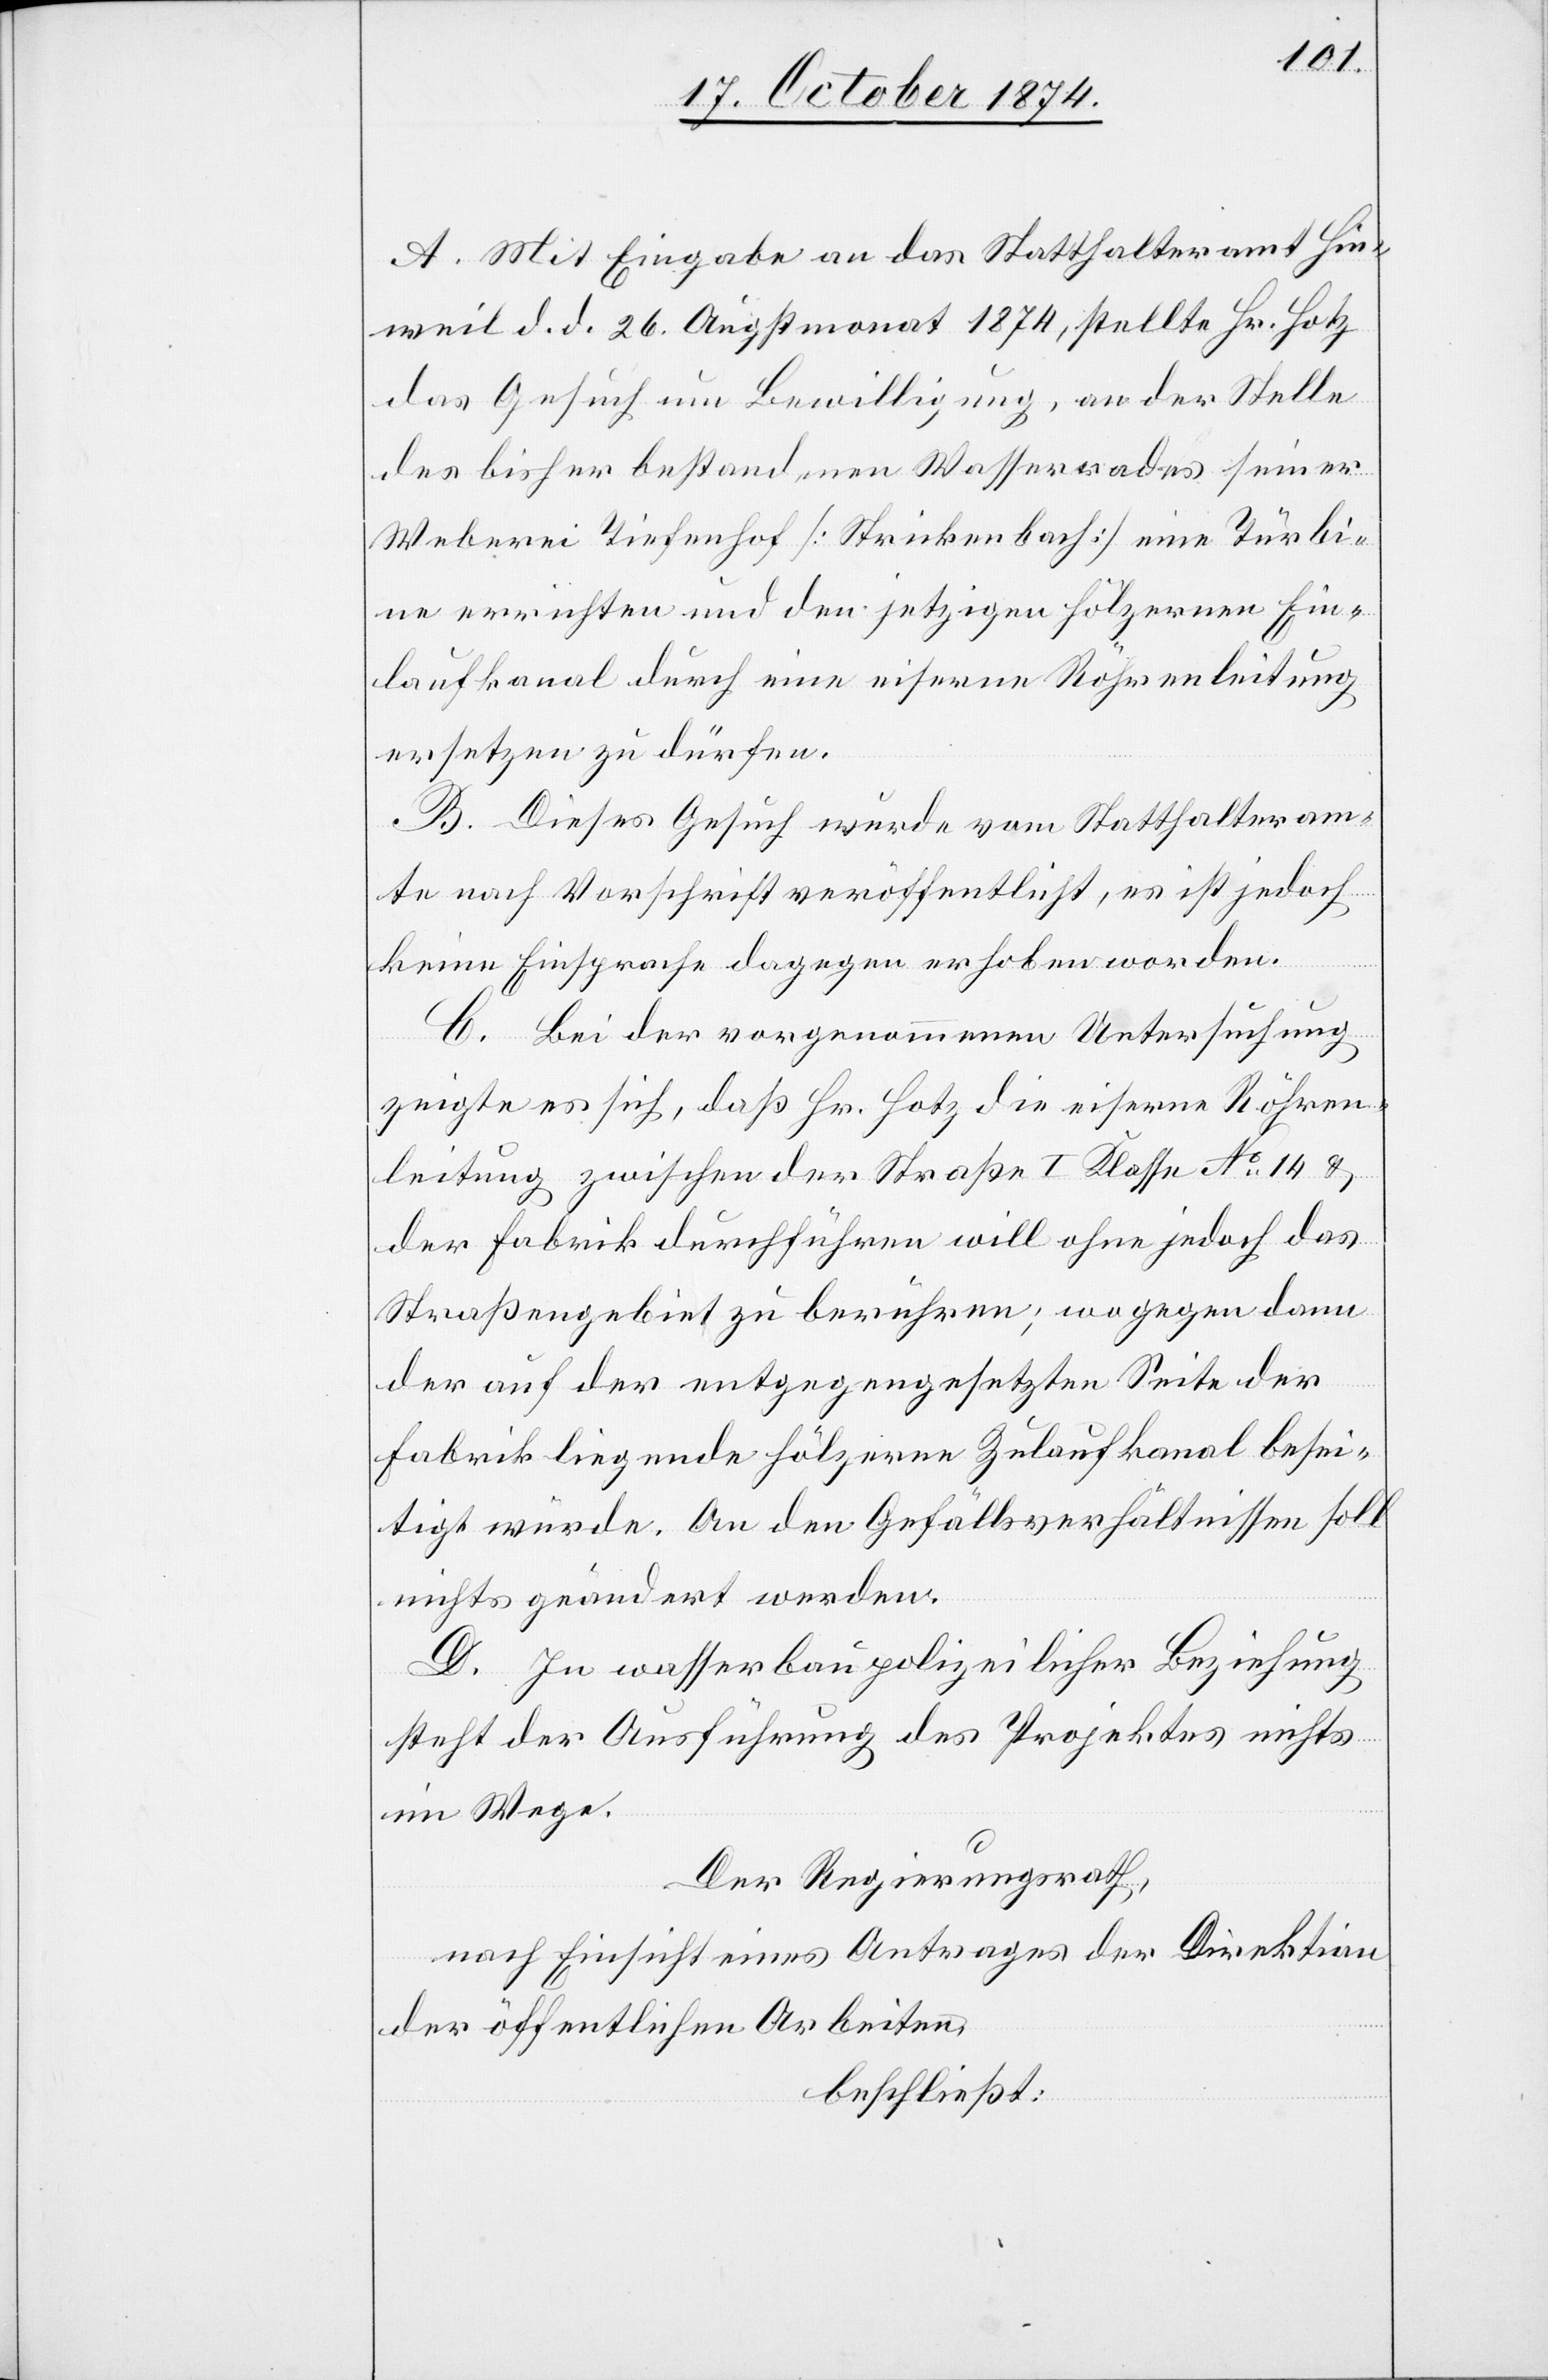
A. Mit Eingabe an das Statthalteramt Hin¬
weil d. d. 26. Augstmonat 1874, stellte Hr. Hotz
das Gesuch um Bewilligung, an der Stelle
des bisher bestandenen Wasserrades seiner
Weberei Tiefenhof [Strickenbach] eine Türbi¬
ne errichten und den jetzigen hölzernen Ein¬
laufkanal durch eine eiserne Röhrenleitung
ersetzen zu dürfen.
B. Dieses Gesuch wurde vom Statthalteram¬
te nach Vorschrift veröffentlicht, es ist jedoch
keine Einsprache dagegen erhoben worden.
C. Bei der vorgenommenen Untersuchung
zeigte es sich, daß Hr. Hotz die eiserne Röhren¬
leitung zwischen der Straße I Klasse No 14 &
der Fabrik durchführen will ohne jedoch das
Straßengebiet zu berühren; wogegen dann
der auf der entgegengesetzten Seite der
Fabrik liegende hölzerne Zulaufkanal besei¬
tigt würde. An den Gefällsverhältnissen soll
nichts geändert werden.
D. In wasserbaupolizeilicher Beziehung
steht der Ausführung des Projektes nichts
im Wege.
Der Regierungsrath,
nach Einsicht eines Antrages der Direktion
der öffentlichen Arbeiten,
beschließt: